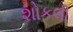
શોકલી